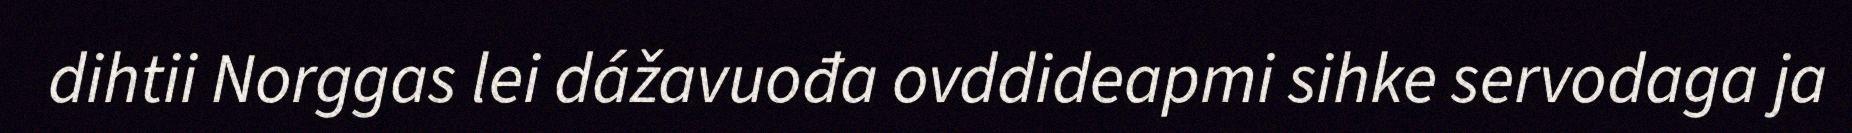
dihtii Norggas lei dážavuođa ovddideapmi sihke servodaga ja